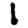
Digit: 1